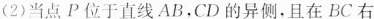
(2)当点P位于直线AB，CD的异侧，且在BC右